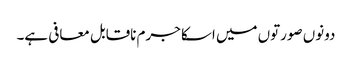
دونوں صورتوں میں اسکا جرم ناقابل معافی ہے۔